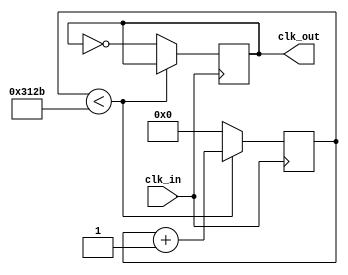
module one_k_clock (clk_in, clk_out);

	input clk_in;
	
	output reg clk_out = 0;
	
	reg [15:0] kcounter = 0; //counter to make a 1kHz clock
	
	parameter comparator = 25175; //comparador para poder hacer el clock de 1kHz
	always @(posedge clk_in) begin
	
		if (kcounter < comparator/2) begin
			kcounter = kcounter + 1;
		end
		else begin
			clk_out = !clk_out;
			kcounter = 0;
		end

	end
		
endmodule